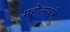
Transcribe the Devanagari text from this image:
महोत्सवके